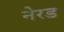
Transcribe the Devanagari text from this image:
नेरड